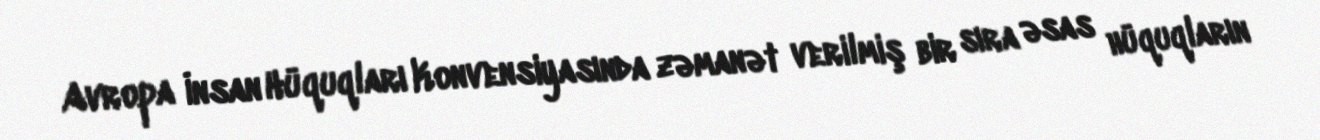
Avropa İnsan Hüquqları Konvensiyasında zəmanət verilmiş bir sıra əsas hüquqların